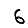
Digit: 6